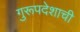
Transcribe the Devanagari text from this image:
गुरूपदेशाची